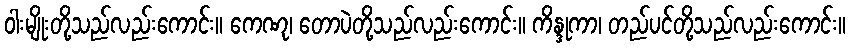
ဝါးမျိုးတို့သည်လည်းကောင်း။ ကေဏု၊ တောပဲတို့သည်လည်းကောင်း။ ကိန္ဒုကာ၊ တည်ပင်တို့သည်လည်းကောင်း။